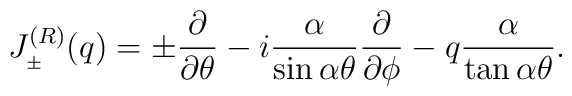
J_{_{\pm}}^{(R)}(q)=\pm \frac{\partial}{\partial\theta}-i\frac{\alpha}{\sin\alpha\theta}\frac{\partial}{\partial\phi}-q\frac{\alpha}{\tan\alpha\theta}.